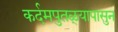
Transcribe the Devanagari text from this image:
कर्दमपुतळ्यापासुन